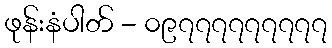
ဖုန်းနံပါတ် - ၀၉၇၇၇၇၇၇၇၇၇